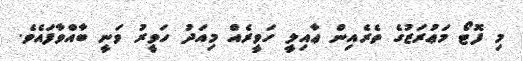
މި ފޮޓޯ މަޢުރަޒުގެ ތެރެއިން ޢާއިލީ ހަވީރެއް މިއަދު ހަވީރު ވަނީ ބާއްވާފައެވެ.